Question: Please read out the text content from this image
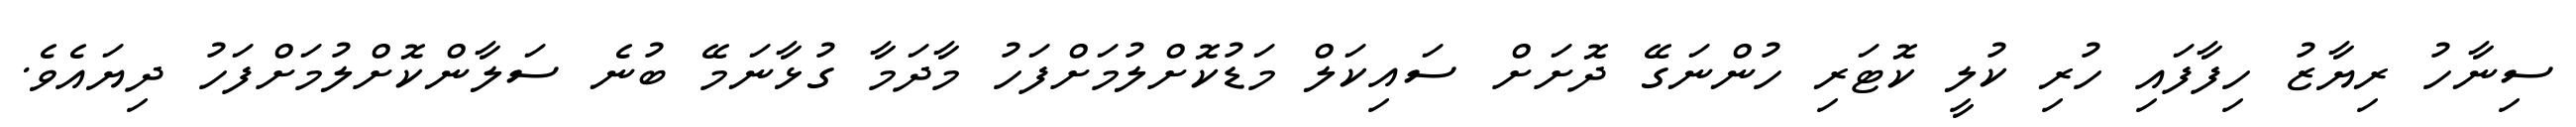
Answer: ސިނާހު ރިޔާޒު ހިފާފައި ހުރި ކުލީ ކޮޓަރި ހުންނަގޭ ދޮށަށް ސައިކަލް މަޑުކޮށްލުމަށްފަހު މާދަމާ ގުޅާނަމޭ ބުނެ ސަލާންކޮށްލުމަށްފަހު ދިޔައެވެ.